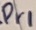
Text: Pr1